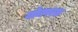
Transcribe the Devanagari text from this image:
योनपरक